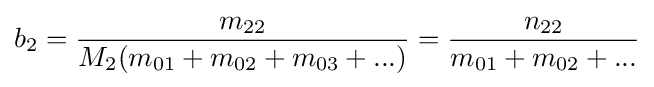
b_{2}={\frac {m_{22}}{M_{2}(m_{01}+m_{02}+m_{03}+...)}}={\frac {n_{22}}{m_{01}+m_{02}+...}}